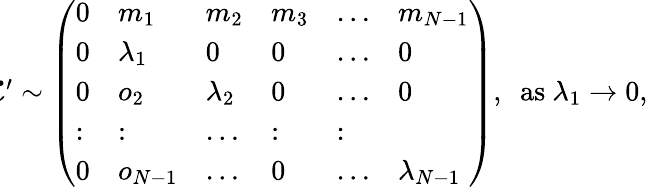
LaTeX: \begin{array}{r}{\! \! \! \mathcal{L}^{\prime}\sim\left(\begin{array}{llllll}{0}&{m_{1}}&{m_{2}}&{m_{3}}&{\dots}&{m_{N-1}}\\ {0}&{\lambda_{1}}&{0}&{0}&{\dots}&{0}\\ {0}&{o_{2}}&{\lambda_{2}}&{0}&{\dots}&{0}\\ {:}&{:}&{\dots}&{:}&{:}\\ {0}&{o_{N-1}}&{\dots}&{0}&{\dots}&{\lambda_{N-1}}\end{array}\right),~~\mathrm{as}~\lambda_{1}\rightarrow 0,}\end{array}